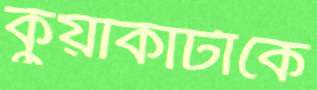
কুয়াকাটাকে